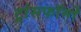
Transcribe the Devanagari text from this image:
ट्रांसफॉर्मों